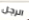
الرجل